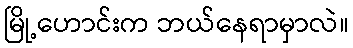
မြို့ဟောင်းက ဘယ်နေရာမှာလဲ။